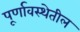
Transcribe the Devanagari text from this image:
पूर्णावस्थेतील